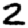
Digit: 2